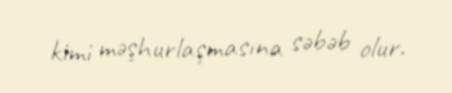
kimi məşhurlaşmasına səbəb olur.